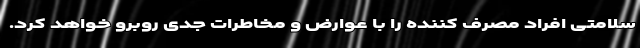
سلامتی افراد مصرف کننده را با عوارض و مخاطرات جدی روبرو خواهد کرد.